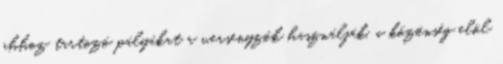
ahhoz tartozó pályákat a versenyzők használják, a közönség elöl